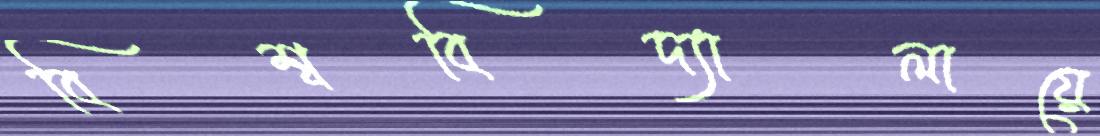
বিশ্ববিদ্যালায়ে